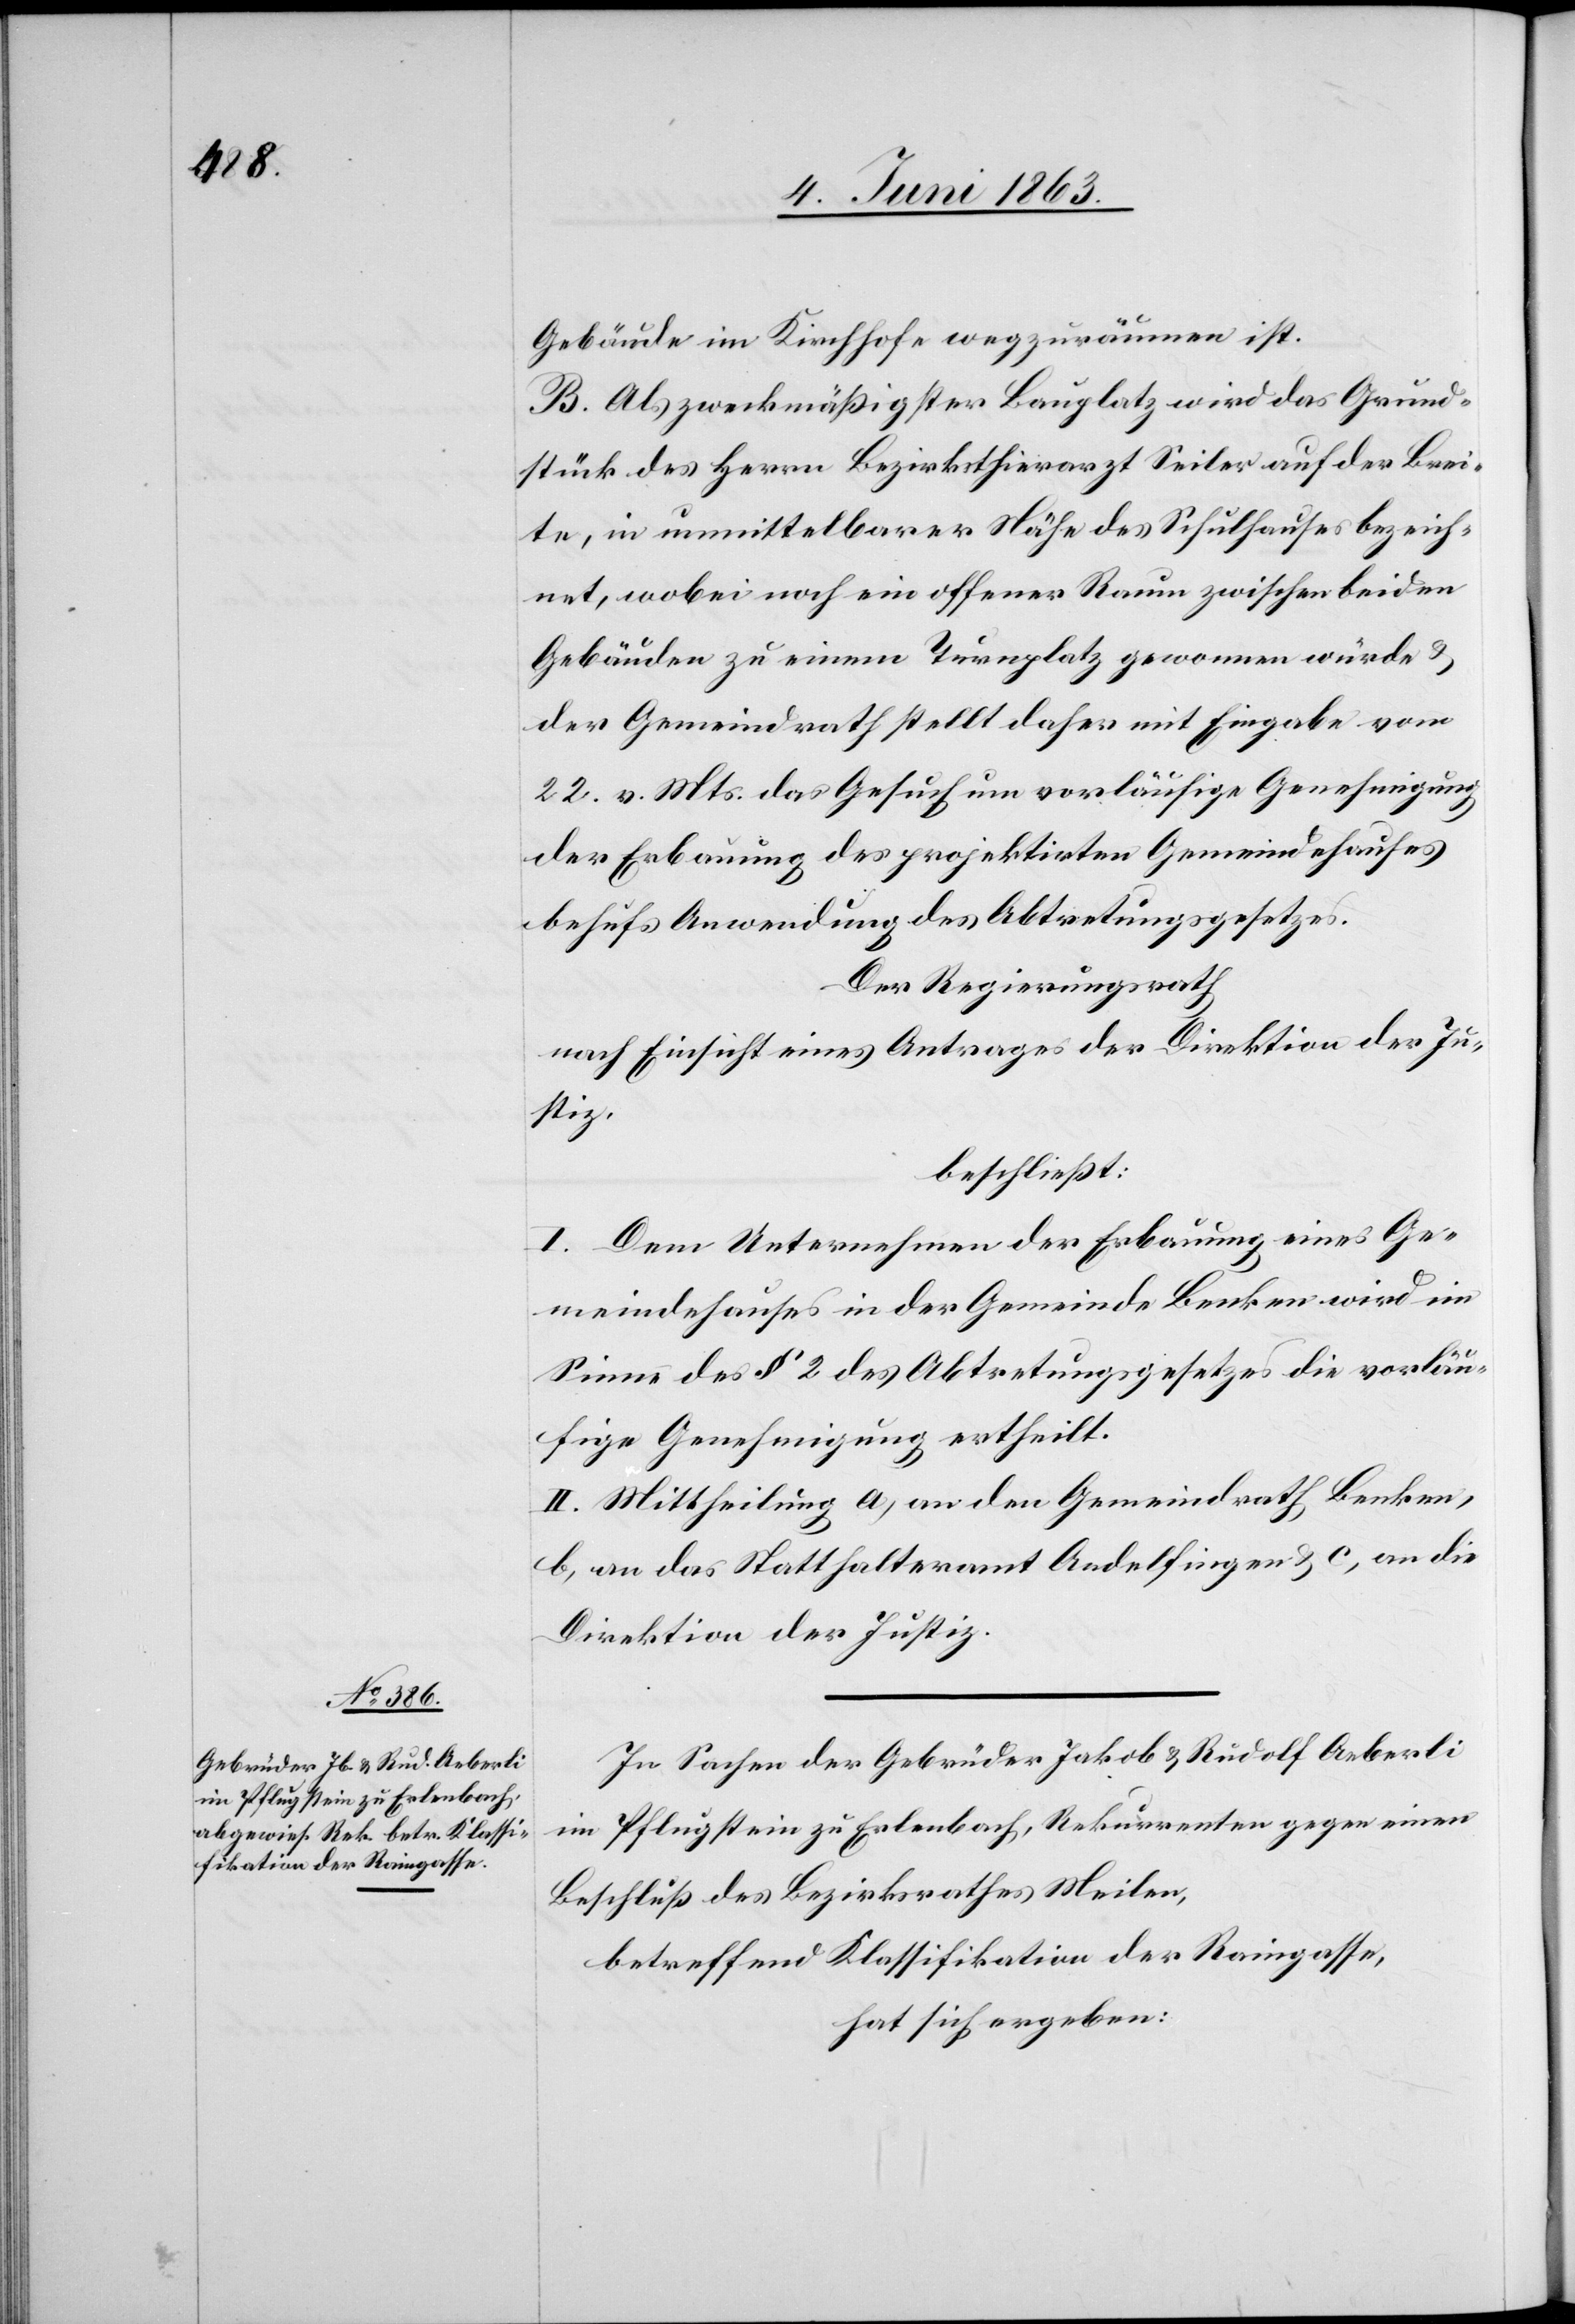
Gebäude im Kirchhofe wegzuräumen ist.
B. Als zweckmäßigster Bauplatz wird das Grund¬
stück des Herrn Bezirksthierarzt Seiler auf der Brei¬
te, in unmittelbarer Nähe des Schulhauses bezeich¬
net, wobei noch ein offener Raum zwischen beiden
Gebäuden zu einem Turnplatz gewonnen würde &
der Gemeindrath stellt daher mit Eingabe vom
22. v. Mts. das Gesuch um vorläufige Genehmigung
der Erbauung des projektirten Gemeindehauses
behufs Anwendung des Abtretungsgesetzes.
Der Regierungsrath
nach Einsicht eines Antrages der Direktion der Ju¬
stiz,
beschließt:
I. Dem Unternehmen der Erbauung eines Ge¬
meindehauses in der Gemeinde Benken wird im
Sinne des § 2 des Abtretungsgesetzes die vorläu¬
fige Genehmigung ertheilt.
II. Mittheilung a) an den Gemeindrath Benken,
b) an das Statthalteramt Andelfingen & c) an die
Direktion der Justiz.
In Sachen der Gebrüder Jakob & Rudolf Aeberli
im Pflugstein zu Erlenbach, Rekurrenten gegen einen
Beschluß des Bezirksrathes Meilen,
betreffend Klassifikation der Raingasse,
hat sich ergeben: